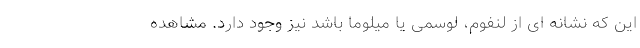
این که نشانه ای از لنفوم، لوسمی یا میلوما باشد نیز وجود دارد. مشاهده